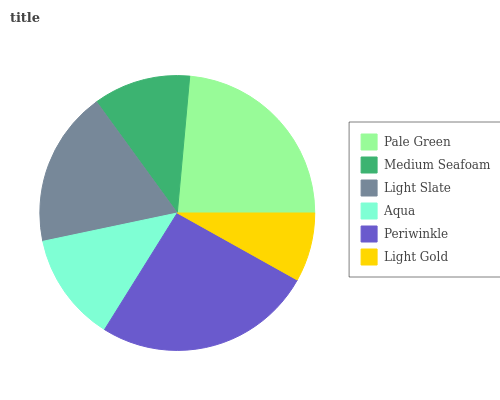
| Pale Green | Medium Seafoam | Light Slate | Aqua | Periwinkle | Light Gold |
 | --- | --- | --- | --- | --- | --- |
 | 23.6% | 11.4% | 18.3% | 12.8% | 25.8% | 8.1% |